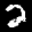
Label: 2